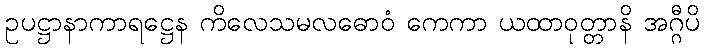
ဥပဋ္ဌာနာကာရဋ္ဌေန ကိလေသမလဓောဝံ ကေကာ ယထာဝုတ္တာနိ အဂ္ဂီပိ